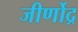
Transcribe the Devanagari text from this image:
जीर्णोद्र